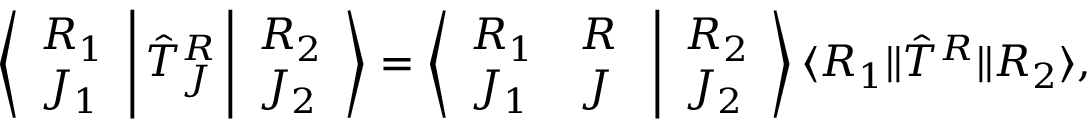
\left\langle \begin{array} { l } { { R _ { 1 } } } \\ { { J _ { 1 } } } \end{array} \right| { \hat { \cal T } } _ { J } ^ { R } \left| \begin{array} { l } { { R _ { 2 } } } \\ { { J _ { 2 } } } \end{array} \right\rangle = \left\langle \begin{array} { l l } { { R _ { 1 } } } & { { R } } \\ { { J _ { 1 } } } & { { J } } \end{array} \right. \left| \begin{array} { l } { { R _ { 2 } } } \\ { { J _ { 2 } } } \end{array} \right\rangle \langle R _ { 1 } \| { \hat { \cal T } } ^ { R } \| R _ { 2 } \rangle ,